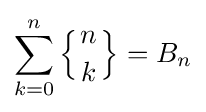
\sum _{k=0}^{n}\left\{{n \atop k}\right\}=B_{n}